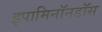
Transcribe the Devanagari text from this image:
इपामिनॉनडॉस